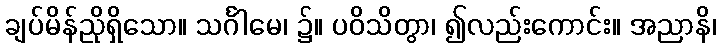
ချပ်မိန်ညိုရှိသော။ သင်္ဂါမေ၊ ၌။ ပဝိသိတွာ၊ ၍လည်းကောင်း။ အညာနိ၊